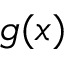
g ( x )